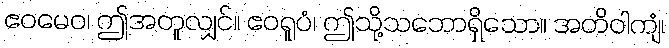
ဧဝမေဝ၊ ဤအတူလျှင်။ ဧဝရူပံ၊ ဤသို့သဘောရှိသော။ အတိဝါကျံ၊